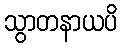
သွာတနာယပိ